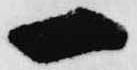
一